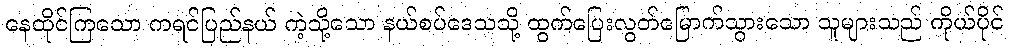
နေထိုင်ကြသော ကရင်ပြည်နယ် ကဲ့သို့သော နယ်စပ်ဒေသသို့ ထွက်ပြေးလွတ်မြောက်သွားသော သူများသည် ကိုယ်ပိုင်